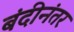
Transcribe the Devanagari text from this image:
बंदीनंतर